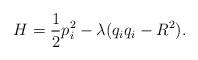
LaTeX: \begin{align*}H = \frac 12 p_i^2 - \lambda(q_i q_i - R^2 ).\end{align*}